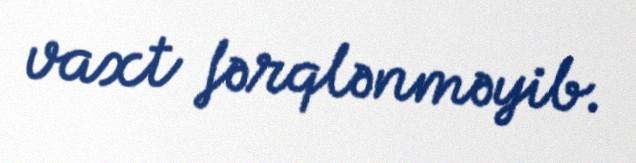
vaxt fərqlənməyib.